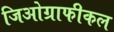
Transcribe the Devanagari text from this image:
जिओग्राफीकल